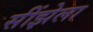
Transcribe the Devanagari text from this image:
सींझेला